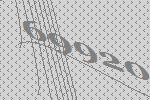
69920